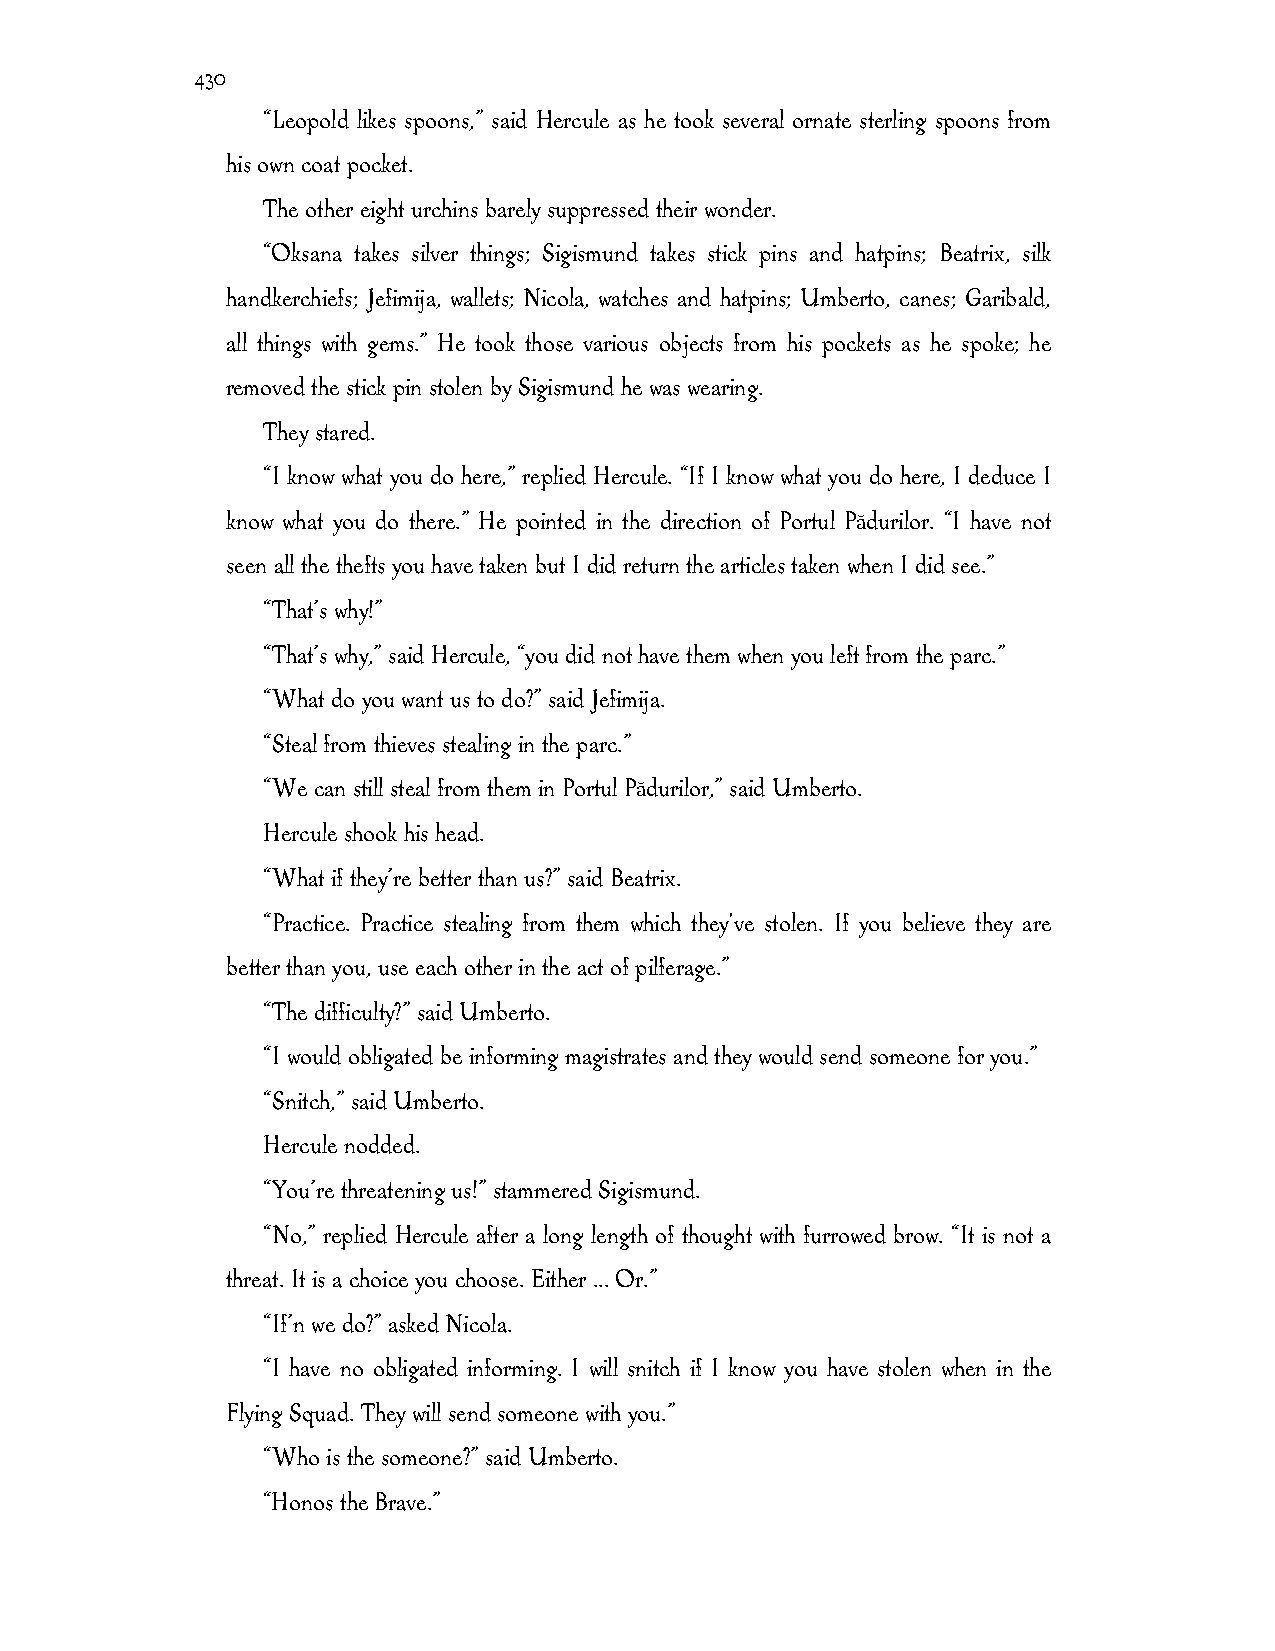
430
 “Leopold likes spoons,” said Hercule as he took several ornate sterling spoons from
 his own coat pocket.
 The other eight urchins barely suppressed their wonder.
 “Oksana takes silver things; Sigismund takes stick pins and hatpins; Beatrix, silk
 handkerchiefs; Jefimija, wallets; Nicola, watches and hatpins; Umberto, canes; Garibald,
 all things with gems.” He took those various objects from his pockets as he spoke; he
 removed the stick pin stolen by Sigismund he was wearing.
 They stared.
 “I know what you do here,” replied Hercule. “If I know what you do here, I deduce I
 know what you do there.” He pointed in the direction of Portul Pădurilor. “I have not
 seen all the thefts you have taken but I did return the articles taken when I did see.”
 “That’s why!”
 “That’s why,” said Hercule, “you did not have them when you left from the parc.”
 “What do you want us to do?” said Jefimija.
 “Steal from thieves stealing in the parc.”
 “We can still steal from them in Portul Pădurilor,” said Umberto.
 Hercule shook his head.
 “What if they’re better than us?” said Beatrix.
 “Practice. Practice stealing from them which they've stolen. If you believe they are
 better than you, use each other in the act of pilferage.”
 “The difficulty?” said Umberto.
 “I would obligated be informing magistrates and they would send someone for you.”
 “Snitch,” said Umberto.
 Hercule nodded.
 “You’re threatening us!” stammered Sigismund.
 “No,” replied Hercule after a long length of thought with furrowed brow. “It is not a
 threat. It is a choice you choose. Either ... Or.”
 “If’n we do?” asked Nicola.
 “I have no obligated informing. I will snitch if I know you have stolen when in the
 Flying Squad. They will send someone with you.”
 “Who is the someone?” said Umberto.
 “Honos the Brave.”